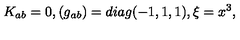
K _ { a b } = 0 , ( g _ { a b } ) = d i a g ( - 1 , 1 , 1 ) , \xi = x ^ { 3 } ,